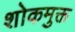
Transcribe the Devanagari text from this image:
शोकमुक्त